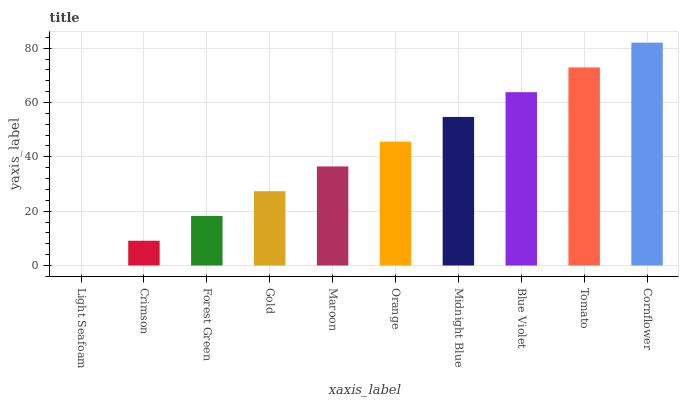
| xaxis_label | bars |
 | --- | --- |
 | Light Seafoam | 0 |
 | Crimson | 9.12 |
 | Forest Green | 18.2 |
 | Gold | 27.4 |
 | Maroon | 36.5 |
 | Orange | 45.6 |
 | Midnight Blue | 54.7 |
 | Blue Violet | 63.8 |
 | Tomato | 72.9 |
 | Cornflower | 82.1 |